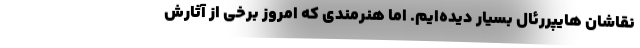
نقاشان هایپررئال بسیار دیده‌ایم. اما هنرمندی که امروز برخی از آثارش